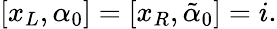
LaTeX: [x_{L},\alpha_{0}]=[x_{R},\tilde{\alpha}_{0}]=i.